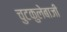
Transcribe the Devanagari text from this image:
चुटकुलेबाजी